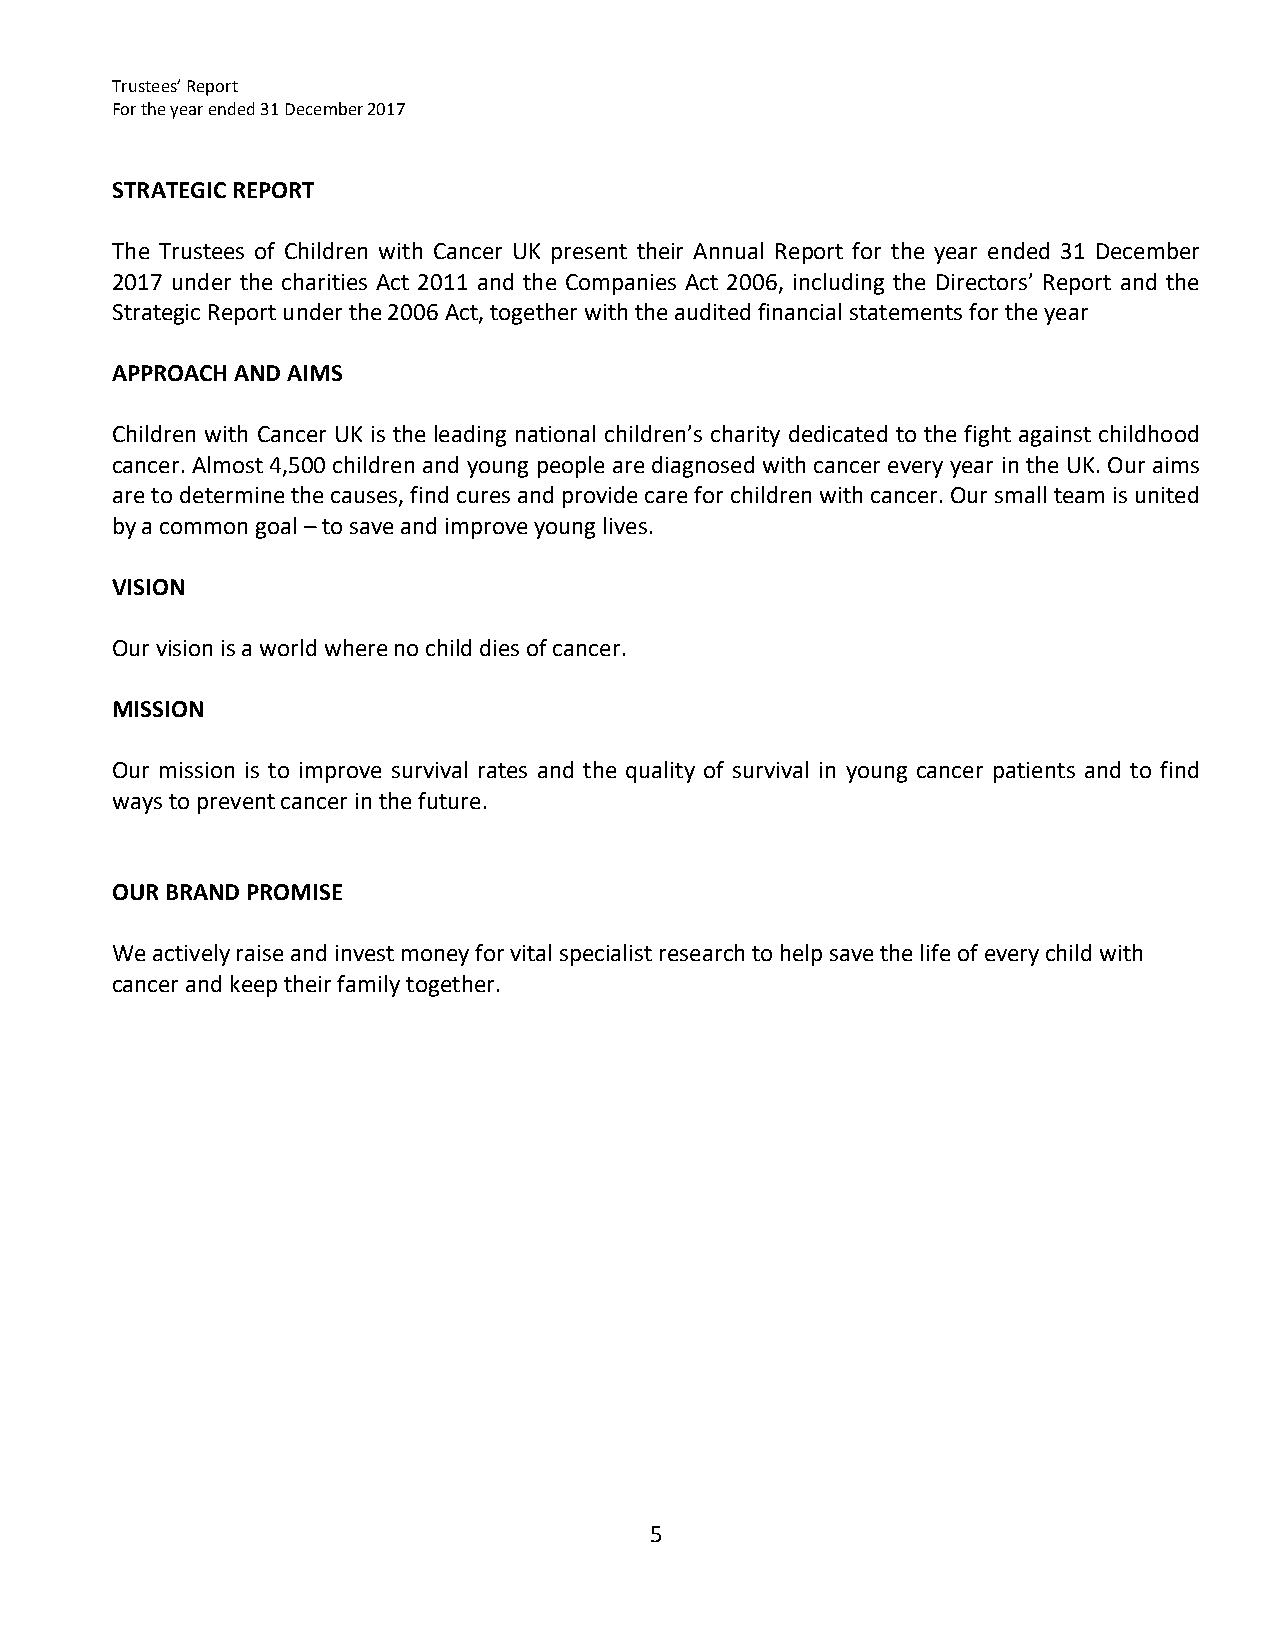
Trustees’ Report
 For the year ended 31 December 2017
 STRATEGIC REPORT
 The Trustees of Children with Cancer UK present their Annual Report for the year ended 31 December
 2017 under the charities Act 2011 and the Companies Act 2006, including the Directors’ Report and the
 Strategic Report under the 2006 Act, together with the audited financial statements for the year
 APPROACH AND AIMS
 Children with Cancer UK is the leading national children’s charity dedicated to the fight against childhood
 cancer. Almost 4,500 children and young people are diagnosed with cancer every year in the UK. Our aims
 are to determine the causes, find cures and provide care for children with cancer. Our small team is united
 by a common goal – to save and improve young lives.
 VISION
 Our vision is a world where no child dies of cancer.
 MISSION
 Our mission is to improve survival rates and the quality of survival in young cancer patients and to find
 ways to prevent cancer in the future.
 OUR BRAND PROMISE
 We actively raise and invest money for vital specialist research to help save the life of every child with
 cancer and keep their family together.
 5